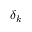
\delta _ { k }